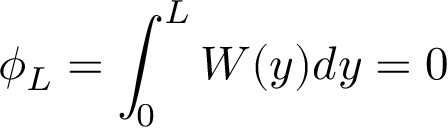
\phi _ { L } = \int _ { 0 } ^ { L } W ( y ) d y = 0